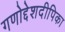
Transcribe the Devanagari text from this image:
गणोद्देशदीपिका